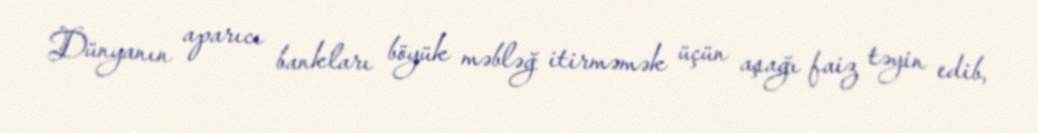
Dünyanın aparıcı bankları böyük məbləğ itirməmək üçün aşağı faiz təyin edib,